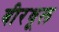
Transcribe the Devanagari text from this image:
बीरधूल